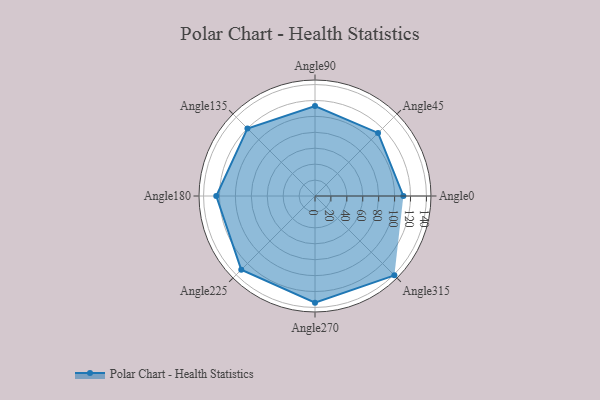
{"axis": {"x": "Angle", "y": "Radius"}, "legend": [""], "data": [{"x": "Angle0", "y": 111.0, "type": ""}, {"x": "Angle45", "y": 112.0, "type": ""}, {"x": "Angle90", "y": 113.0, "type": ""}, {"x": "Angle135", "y": 120.0, "type": ""}, {"x": "Angle180", "y": 124.0, "type": ""}, {"x": "Angle225", "y": 131.0, "type": ""}, {"x": "Angle270", "y": 134.0, "type": ""}, {"x": "Angle315", "y": 141.0, "type": ""}]}